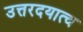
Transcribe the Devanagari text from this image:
उत्तरदयात्व